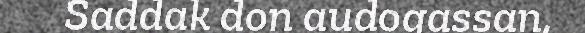
Saddak don audogassan,